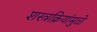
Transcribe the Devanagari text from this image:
शस्त्रक्रियांमुळे